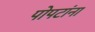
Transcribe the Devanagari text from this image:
पोपटांना